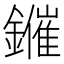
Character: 𨮑